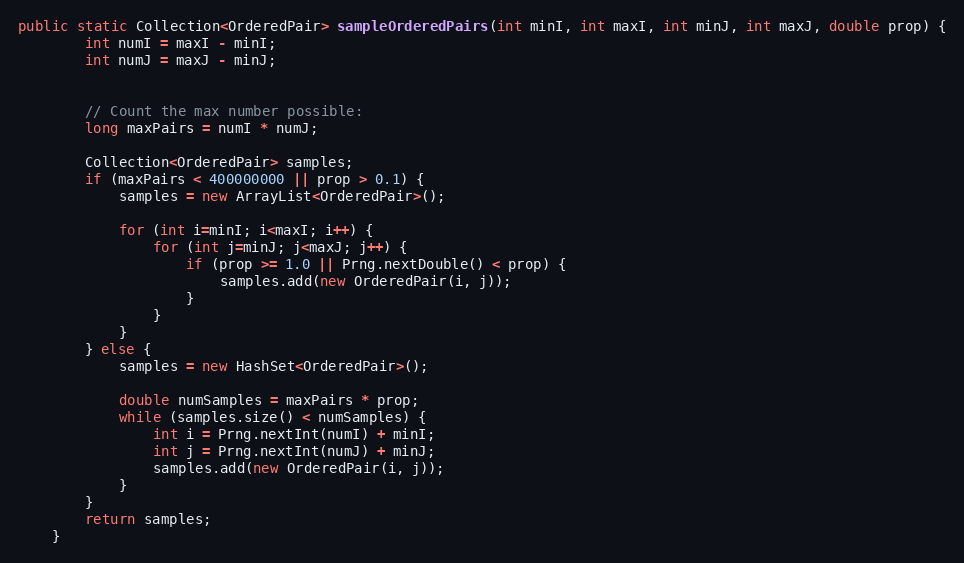
Language: Java
public static Collection<OrderedPair> sampleOrderedPairs(int minI, int maxI, int minJ, int maxJ, double prop) {
        int numI = maxI - minI;
        int numJ = maxJ - minJ;

        // Count the max number possible:
        long maxPairs = numI * numJ;

        Collection<OrderedPair> samples;
        if (maxPairs < 400000000 || prop > 0.1) {
            samples = new ArrayList<OrderedPair>();

            for (int i=minI; i<maxI; i++) {
                for (int j=minJ; j<maxJ; j++) {
                    if (prop >= 1.0 || Prng.nextDouble() < prop) {
                        samples.add(new OrderedPair(i, j));
                    }
                }
            }
        } else {
            samples = new HashSet<OrderedPair>();

            double numSamples = maxPairs * prop;
            while (samples.size() < numSamples) {
                int i = Prng.nextInt(numI) + minI;
                int j = Prng.nextInt(numJ) + minJ;
                samples.add(new OrderedPair(i, j));
            }
        }
        return samples;
    }